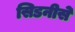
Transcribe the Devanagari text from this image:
सिडनीसे